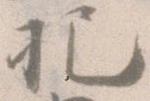
把